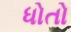
ધોતો